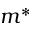
m ^ { * }